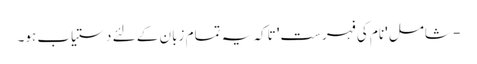
- شامل 'نام کی فہرست' تاکہ یہ تمام زبان کے لئے دستیاب ہو۔